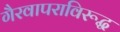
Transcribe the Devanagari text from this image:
गैरवापराविरूद्ध